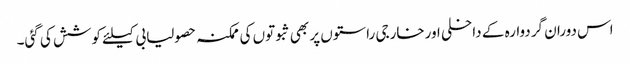
اس دوران گردوارہ کے داخلی اورخارجی راستوں پر بھی ثبوتوں کی ممکنہ حصولیابی کیلئے کوشش کی گئی۔